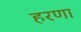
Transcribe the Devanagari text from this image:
हरणा